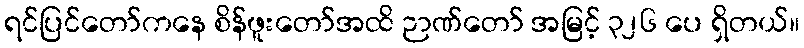
ရင်ပြင်တော်ကနေ စိန်ဖူးတော်အထိ ဉာဏ်တော် အမြင့် ၃၂၆ ပေ ရှိတယ်။